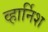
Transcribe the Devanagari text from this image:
व्हार्निश